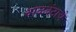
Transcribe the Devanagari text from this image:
वाळवंटाचे